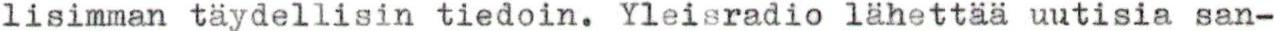
lisimman täydellisin tiedoin. Yleisradio lähettää uutisia san-